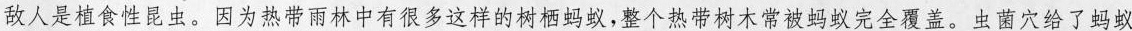
敌人是植食性昆虫。因为热带雨林中有很多这样的树栖蚂蚁，整个热带树木常被蚂蚁完全覆盖。虫菌穴给了蚂蚁